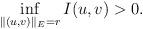
LaTeX: \begin{align*}\mathop{\inf}\limits_{\|(u,v)\|_{E}=r}I(u,v)>0.\end{align*}